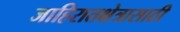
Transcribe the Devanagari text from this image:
जाहिरातक्षेत्रासाठी